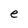
Character: e